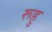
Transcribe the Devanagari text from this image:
रूहु